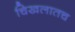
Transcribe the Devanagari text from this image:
चिखलातच